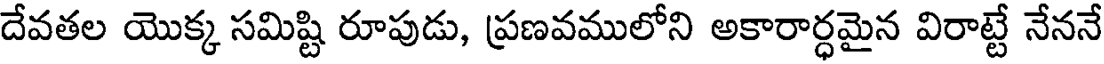
దేవతల యొక్క సమిష్టి రూపుడు, ప్రణవములోని అకారార్ధమైన విరాట్టే నేననే